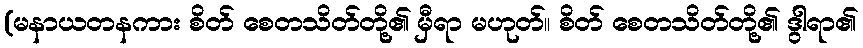
(မနာယတနကား စိတ် စေတသိတ်တို့၏ မှီရာ မဟုတ်။ စိတ် စေတသိတ်တို့၏ ဒွါရာ၏